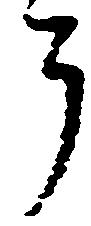
了